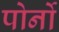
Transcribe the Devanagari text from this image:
पोर्नो